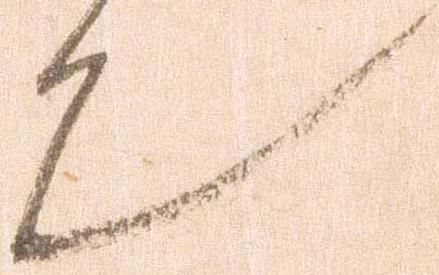
也